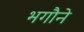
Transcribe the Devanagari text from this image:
भगौने